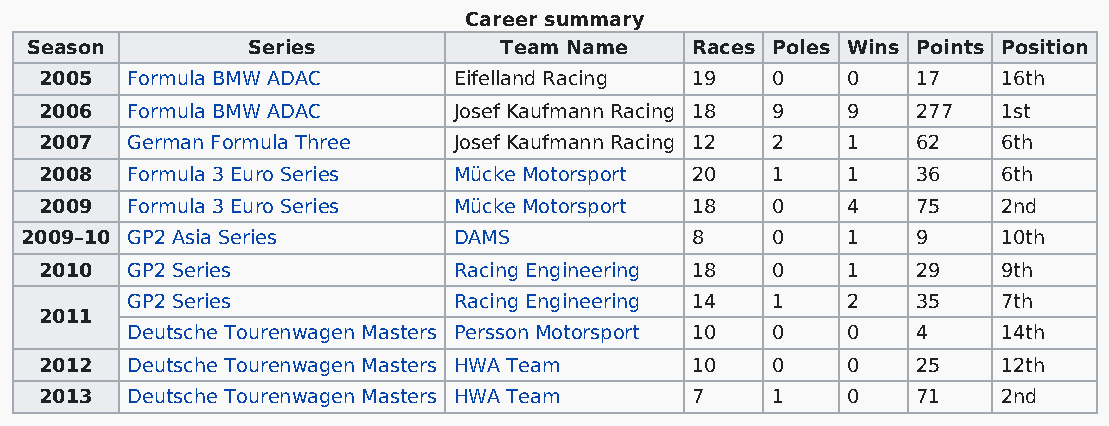
Career summary
 Season        Series           Team Name    Races Poles Wins Points Position
 2005 Formula BMW ADAC      Eifelland Racing 19  0    0    17   16th
 2006 Formula BMW ADAC      Josef Kaufmann Racing 18 9 9   277  1st
 2007 German Formula Three  Josef Kaufmann Racing 12 2 1   62   6th
 2008 Formula 3 Euro Series Mücke Motorsport 20  1    1    36   6th
 2009 Formula 3 Euro Series Mücke Motorsport 18  0    4    75   2nd
 2009–10 GP2 Asia Series      DAMS            8    0    1    9    10th
 2010 GP2 Series            Racing Engineering 18 0   1    29   9th
 GP2 Series            Racing Engineering 14 1   2    35   7th
 2011
 Deutsche Tourenwagen Masters Persson Motorsport 10 0 0 4  14th
 2012 Deutsche Tourenwagen Masters HWA Team 10   0    0    25   12th
 2013 Deutsche Tourenwagen Masters HWA Team 7    1    0    71   2nd